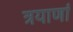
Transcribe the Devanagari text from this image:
त्रयाणां